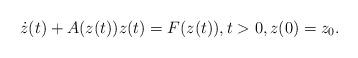
LaTeX: \begin{align*}\dot{z}(t)+A(z(t))z(t)=F(z(t)),t>0, z(0)=z_0.\end{align*}